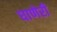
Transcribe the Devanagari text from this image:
घाणेरी